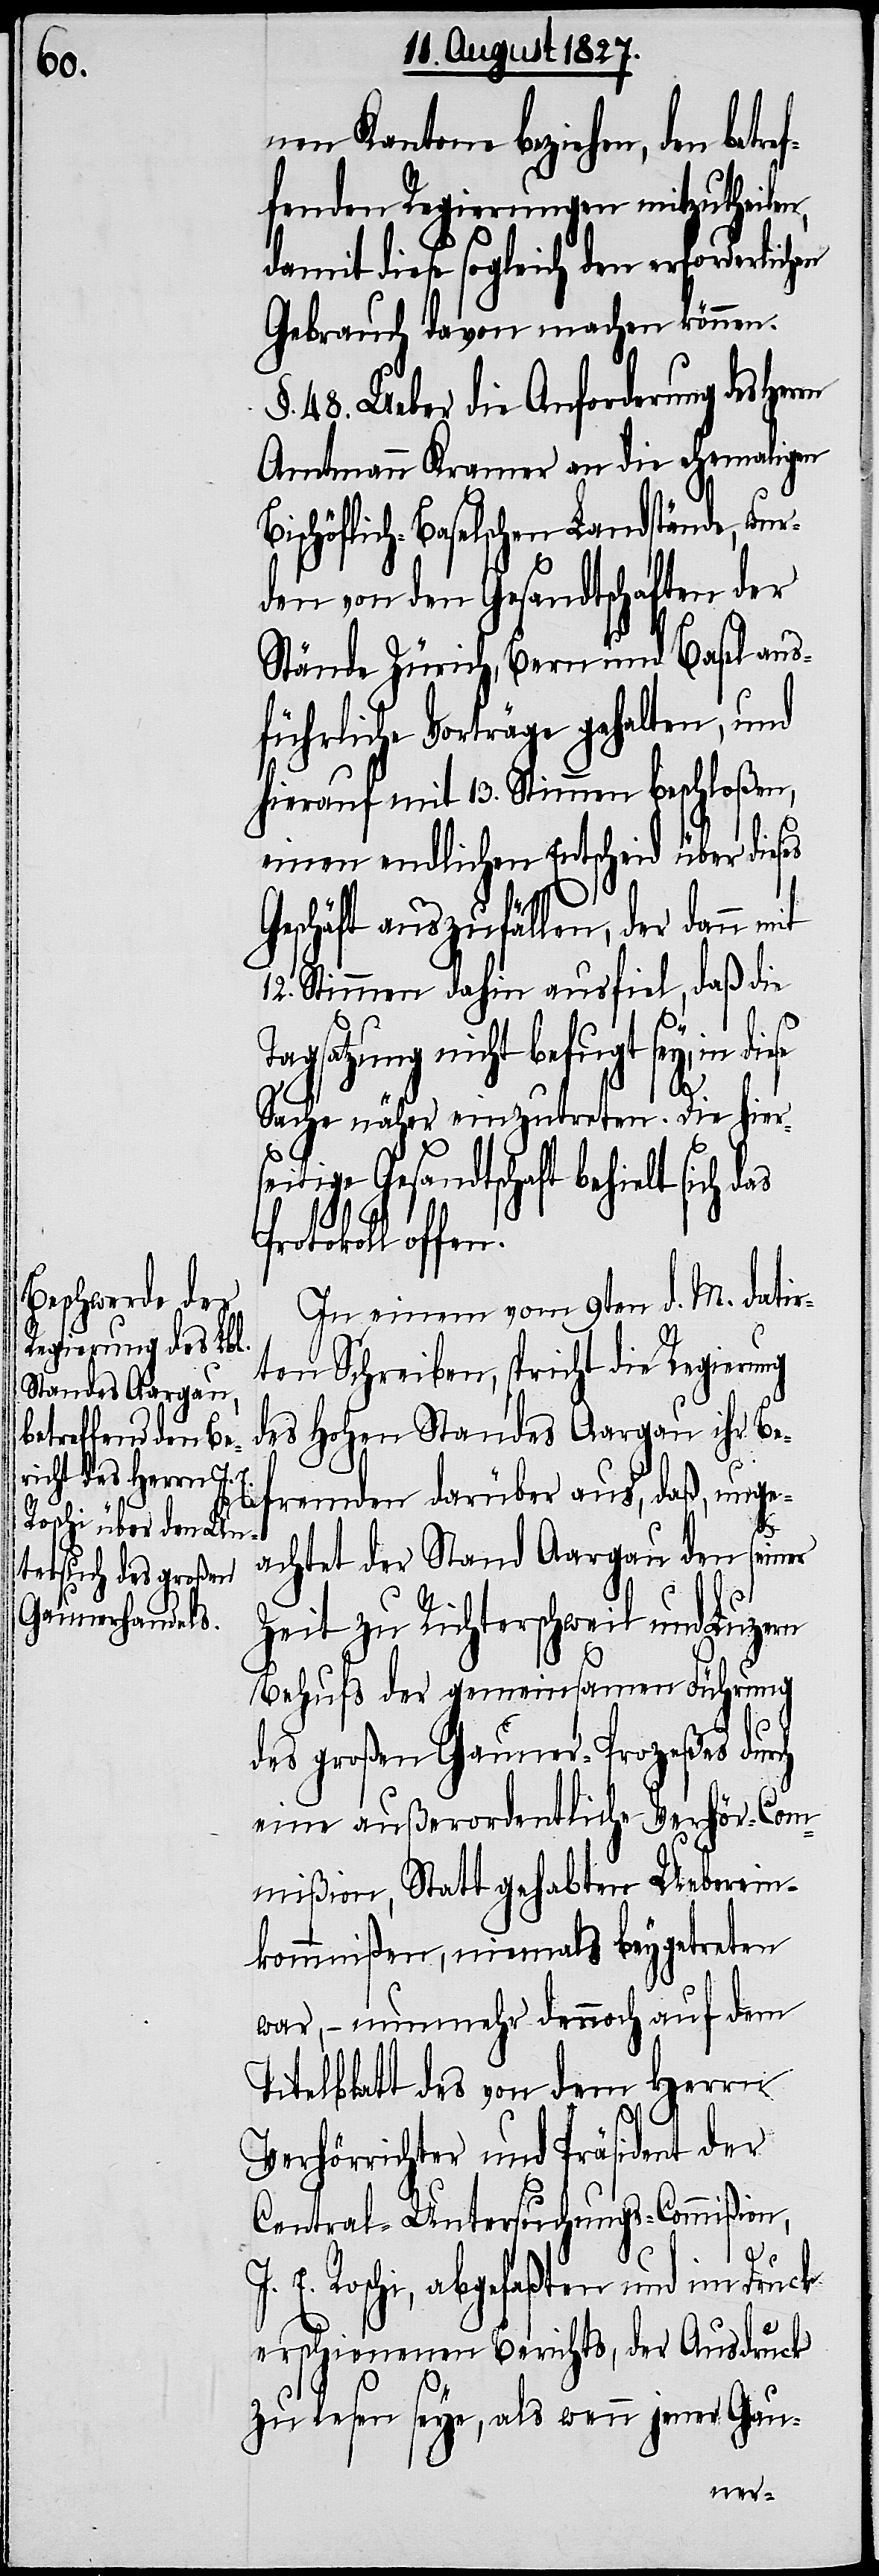
nen Kantone beziehen, den be¬
fenden Regierungen mitzutheilen,
damit diese sogleich den erforderlich¬
Gebrauch davon machen können.
§. 48. Ueber die Anforderung des Herrn
Amtmann Kramer an die ehemaligen
Bischöflich-Baselschen Landstände, wur¬
den von den Gesandtschaften der
Stände Zürich, Bern und Basel aus¬
führliche Vorträge gehalten, und
hierauf mit 13. Stimmen beschloßen,
einen endlichen Entscheid über dieses
Geschäft auszufällen, der dann mit
12. Stimmen dahin ausfiel, daß die
Tagsatzung nicht befugt sey, in di¬
en
Sache näher einzutreten. Die hiers¬
eitige Gesandtschaft behielt sich
tokoll offen.
In einem vom 9ten d. M. datir¬
ten Schreiben, spricht die Regierung
des Hohen Standes Aargau ihr Be¬
fremden darüber aus, daß, unge¬
Pro¬
achtet der Stand Aargau den seiner
Zeit zu Richterschweil und Luzern
Behufs der gemeinsamen Führung
des großen Gauner-Prozeßes durch
eine außerordentliche Verhör-Com¬
mißion, Statt gehabten Ueberein¬
kommnißen, niemals beygetreten
war, – nunmehr dennoch auf dem
Titelblatt des von dem Herrn
Verhörrichter und Präsident der
Central-Untersuchungs-Commißion,
J.
E. Roschi, abgefaßten und im Druck
erschienenen Berichts, der Ausdruck
zu lesen seye, als wenn jener Gau-
tref¬